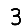
Digit: 3